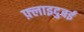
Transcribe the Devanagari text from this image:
फ़्लाइदुबई